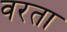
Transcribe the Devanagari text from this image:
वरता